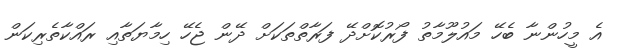
އެ މީހުންނާ ބެހޭ މައުލޫމާތު ފޯރުކޮށްދޭ ފަރާތްތަކަށް ދޭން ޖެހޭ ހިމާޔަތާއި ރައްކާތެރިކަން